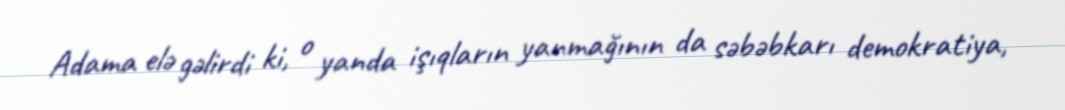
Adama elə gəlirdi ki, o yanda işıqların yanmağının da səbəbkarı demokratiya,